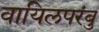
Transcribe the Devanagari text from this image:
वायिलपरंबु